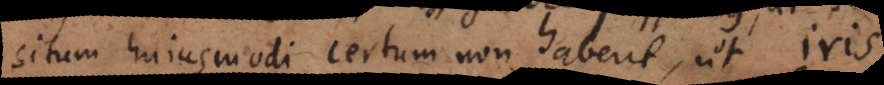
situm hujusmodi certum non habent, ut iris,